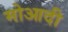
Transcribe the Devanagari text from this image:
मोआदी